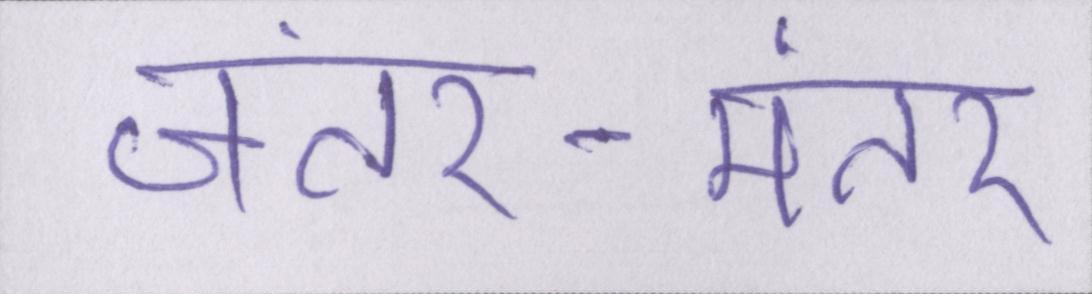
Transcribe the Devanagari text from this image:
जंतर-मंतर